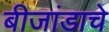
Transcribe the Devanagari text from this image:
बीजांडाचे